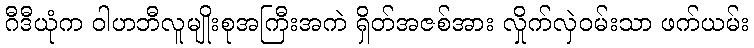
ဂီဒီယုံက ဝါဟဘီလူမျိုးစုအကြီးအကဲ ရှိတ်အဇစ်အား လှိုက်လှဲဝမ်းသာ ဖက်ယမ်း